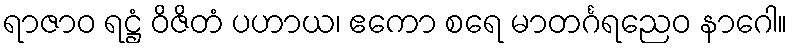
ရာဇာဝ ရဋ္ဌံ ဝိဇိတံ ပဟာယ၊ ဧကော စရေ မာတင်္ဂရညေဝ နာဂေါ။